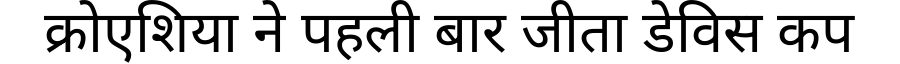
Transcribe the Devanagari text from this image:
क्रोएशिया ने पहली बार जीता डेविस कप